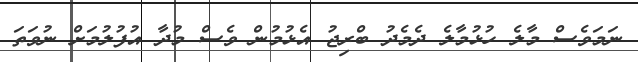
ނަމަވެސް މާލެ ހުޅުމާލެ ދެމެދު ބްރިޖު އެޅުމުން ވެސް މުދާ އުފުލުމަށް ނުވަތަ